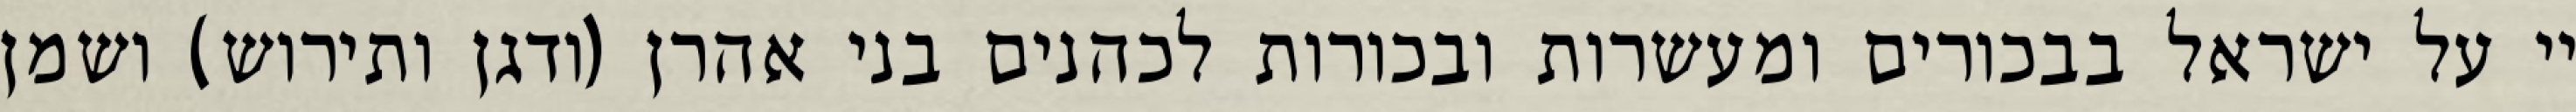
יי על ישראל בבכורים ומעשרות ובכורות לכהנים בני אהרן (ודגן ותירוש) ושמן